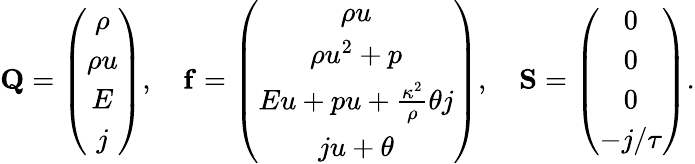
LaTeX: \mathbf{Q}=\left(\begin{array}{c}{\rho}\\ {\rho u}\\ {E}\\ {j}\end{array}\right),\quad\mathbf{f}=\left(\begin{array}{c}{\rho u}\\ {\rho u^{2}+p}\\ {Eu+pu+\frac{\kappa^{2}}{\rho}\theta j}\\ {ju+\theta}\end{array}\right),\quad\mathbf{S}=\left(\begin{array}{c}{0}\\ {0}\\ {0}\\ {-j/\tau}\end{array}\right).